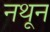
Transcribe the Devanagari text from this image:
नथून